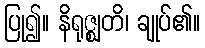
ပြု၍။ နိရုဇ္ဈတိ၊ ချုပ်၏။